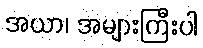
အယာ၊ အများကြီးပါ